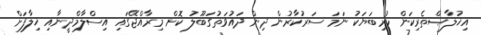
އިޚުލާޞްތެރިކަން ހުރިބަޔަކު ނަމަ ސަރުކާރުން ދިން ދައުވަތުގަބޫލު ކޮށް މިރާއްޖޭގައި އިސްލާމްދީނާއި ޚިލާފަށް